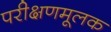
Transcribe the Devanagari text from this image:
परीक्षणमूलक